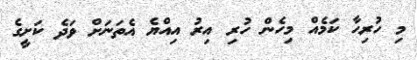
މި ހުރިހާ ކަމެއް މިހެން ހުރި އިރު އިއްޔެ އެތަނަށް ވަދެ ކަށީގެ